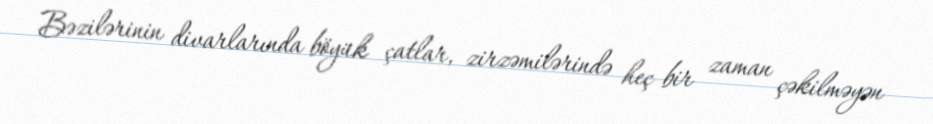
Bəzilərinin divarlarında böyük çatlar, zirzəmilərində heç bir zaman çəkilməyən